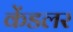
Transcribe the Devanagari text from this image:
केंडलर